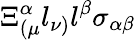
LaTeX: \Xi_{(\mu}^{\alpha}l_{\nu)}l^{\beta}\sigma_{\alpha\beta}